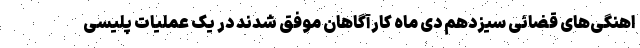
اهنگی‌های قضائی سیزدهم دی ماه کارآگاهان موفق شدند در یک عملیات پلیسی